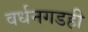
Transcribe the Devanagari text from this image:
वर्धनगडही